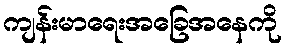
ကျန်းမာရေးအခြေအနေကို